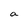
Character: a